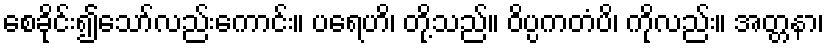
စေခိုင်း၍သော်လည်းကောင်း။ ပရေဟိ၊ တို့သည်။ ဝိပ္ပကတံပိ၊ ကိုလည်း။ အတ္တနာ၊